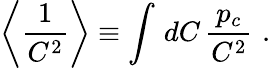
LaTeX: \left\langle\displaystyle{\frac{1}{C^{2}}}\right\rangle\equiv\int\, dC\, \displaystyle{\frac{p_{c}}{C^{2}}}\, \, .